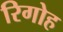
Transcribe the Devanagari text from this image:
रिगोह